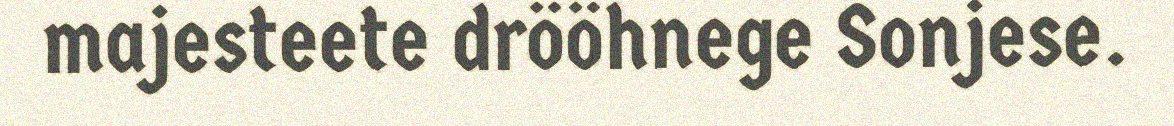
majesteete drööhnege Sonjese.